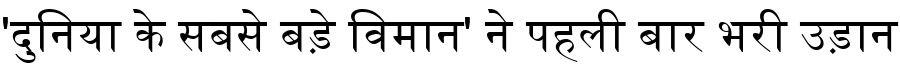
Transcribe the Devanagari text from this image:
'दुनिया के सबसे बड़े विमान' ने पहली बार भरी उड़ान